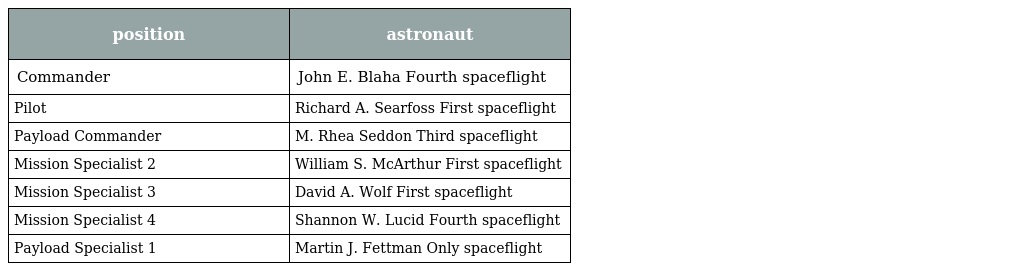
| position | astronaut |
 | --- | --- |
 | Commander | John E. Blaha Fourth spaceflight |
 | Pilot | Richard A. Searfoss First spaceflight |
 | Payload Commander | M. Rhea Seddon Third spaceflight |
 | Mission Specialist 2 | William S. McArthur First spaceflight |
 | Mission Specialist 3 | David A. Wolf First spaceflight |
 | Mission Specialist 4 | Shannon W. Lucid Fourth spaceflight |
 | Payload Specialist 1 | Martin J. Fettman Only spaceflight |